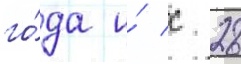
го́да и́ с 28